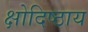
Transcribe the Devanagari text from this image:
क्षोदिष्ठाय